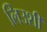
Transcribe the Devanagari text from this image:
लिउशी